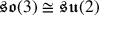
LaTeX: { \mathfrak { s o } } ( 3 ) \cong { \mathfrak { s u } } ( 2 )